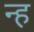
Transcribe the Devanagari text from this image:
न्ह